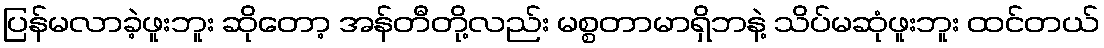
ပြန်မလာခဲ့ဖူးဘူး ဆိုတော့ အန်တီတို့လည်း မစ္စတာမာရှိဘနဲ့ သိပ်မဆုံဖူးဘူး ထင်တယ်